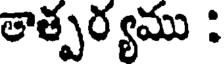
తాళ్పర్యము :